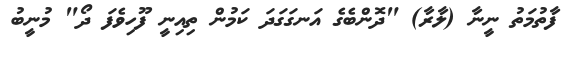
ފާތުމަތު ނީނާ (ލާރާ) "ދޮންބެގެ އަނގަގަދަ ކަމުން ތިއިނީ ފޫހިވެފަ ދޯ" މުނީބު